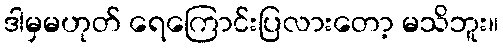
ဒါမှမဟုတ် ရေကြောင်းပြလားတော့ မသိဘူး။